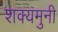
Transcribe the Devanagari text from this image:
शक्यमुनी